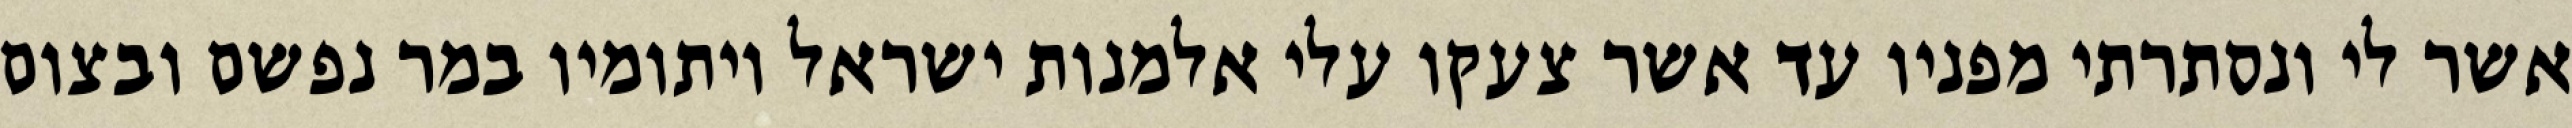
אשר לי ונסתרתי מפניו עד אשר צעקו עלי אלמנות ישראל ויתומיו במר נפשם ובצום